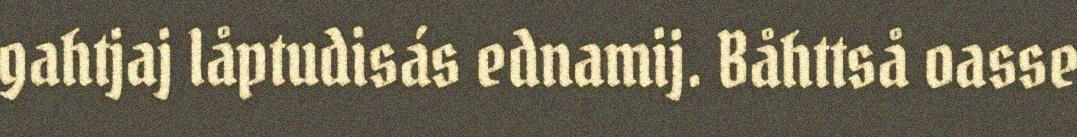
gahtjaj låptudisás ednamij. Båhttså oasse